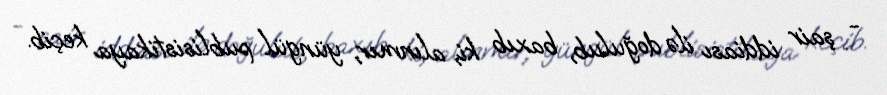
- şair iddiası ilə doğulub, baxıb ki, alınmır, yüngül publisistikaya keçib.